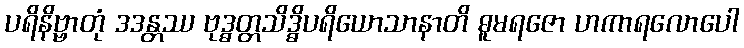
ပရိနိဗ္ဗာတုံ ဒဒန္တဿ ဗုဒ္ဓတ္တသိဒ္ဓိပရိယောသာနာတိ ဓူမရဇော ဟကာရလောပေါ